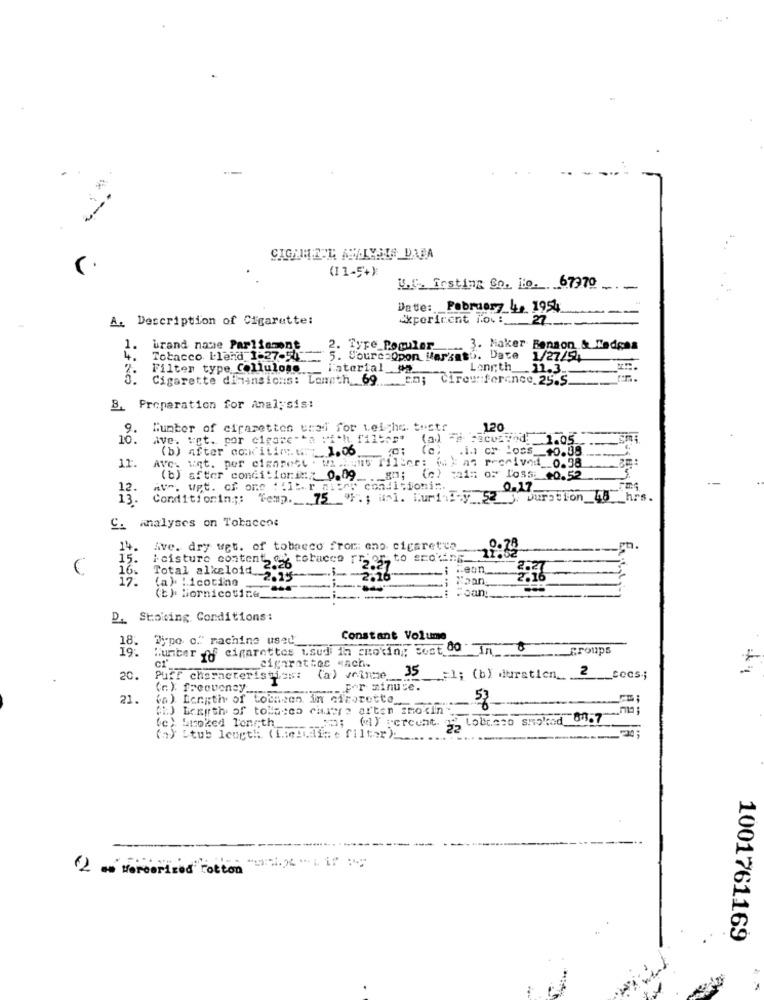
(11-5+)
U.C. Insting So. No. 67970
.-
Date: February 4, 1954
A. Description of Cigarette:
Experiment iov :...
27
1.
brand name Parliament
Type Populer
3. Maker Benson & Ledges
4.
Tobacco blend 1-27-5 __
5. SourceOpon Marsmto. Date
1/27/54
2.
Filter type Cellulose
Material on
Longth
21.3 ..
Cigarette dimensions: Lomath 69 cm; Circuference 25.5.
B. Preparation for Analysis:
9.
Munter of cigaretten urai for veiche. testr
120
10.
Ave. wet. por cigare-"a "ich. filbert
(a)
# ud: 1.05
(b) after cowities 1.06
.1. or loss __ 40.09.
AvC. "qt. por cimarest . w .hunt Miller: Mix af received __ 0.38
11.
(b) after condition:" 0.09 _._ gm;
(c) pain of l'oss: +0.52
12.
AV". Wpt. of one : 11ter miten condicioni".
0.17.
Conditioning ;: Temp. 75 "F. ; uni. Kuri I y 52 Duration_45 _hrs.
C. analyses on Tobaccos
14.
Ave. dry wet. of tobacco from: ano cigarette
15.
icisture content, cy t
tobacco rr op to scoking.
16.
Total alkaloid
Heur
12.
(a ). Licotino
2.15
2.16
Kaan
(t). Mornicotine_
oanı
D. Stoking Conditions:
18.
Tipo of machine used
Constant Volume
Hunter of cigarettes used in choking Cost 00 In 8
____ groups
19:
_cigarettes wach.
35
20.
Puff characteristics:
(a) veinme
=1; (b) duration_ 2_cecs;
(e): frequency ......
For minute.
21.
(a) Length of tobacen in eirorette
(1) Length of tollaces chere arten zmocin-
-
53
Lobreno smolced 84.7
(c) Smoked length
(a) percent.
(a) Stub leurth (Theledise filter)
1001761169